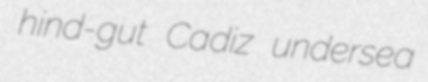
hind-gut Cadiz undersea